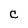
Character: C